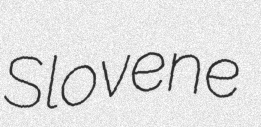
Slovene